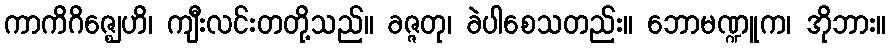
ကာကိဂိဇ္ဈေဟိ၊ ကျီးလင်းတတို့သည်။ ခဇ္ဇတု၊ ခဲပါစေသတည်း။ ဘောမဏ္ဍူက၊ အိုဘား။